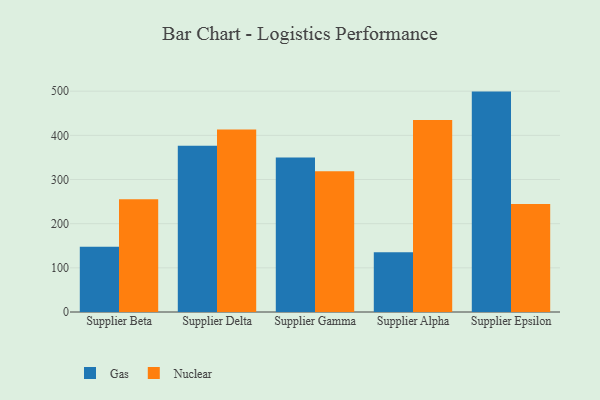
{"axis": {"x": "Supplier", "y": "Satisfaction Score"}, "legend": ["Gas", "Nuclear"], "data": [{"x": "Supplier Beta", "y": 147.6, "type": "Gas"}, {"x": "Supplier Beta", "y": 255.5, "type": "Nuclear"}, {"x": "Supplier Delta", "y": 376.3, "type": "Gas"}, {"x": "Supplier Delta", "y": 413.5, "type": "Nuclear"}, {"x": "Supplier Gamma", "y": 349.9, "type": "Gas"}, {"x": "Supplier Gamma", "y": 318.9, "type": "Nuclear"}, {"x": "Supplier Alpha", "y": 135.3, "type": "Gas"}, {"x": "Supplier Alpha", "y": 434.7, "type": "Nuclear"}, {"x": "Supplier Epsilon", "y": 499.1, "type": "Gas"}, {"x": "Supplier Epsilon", "y": 244.8, "type": "Nuclear"}]}